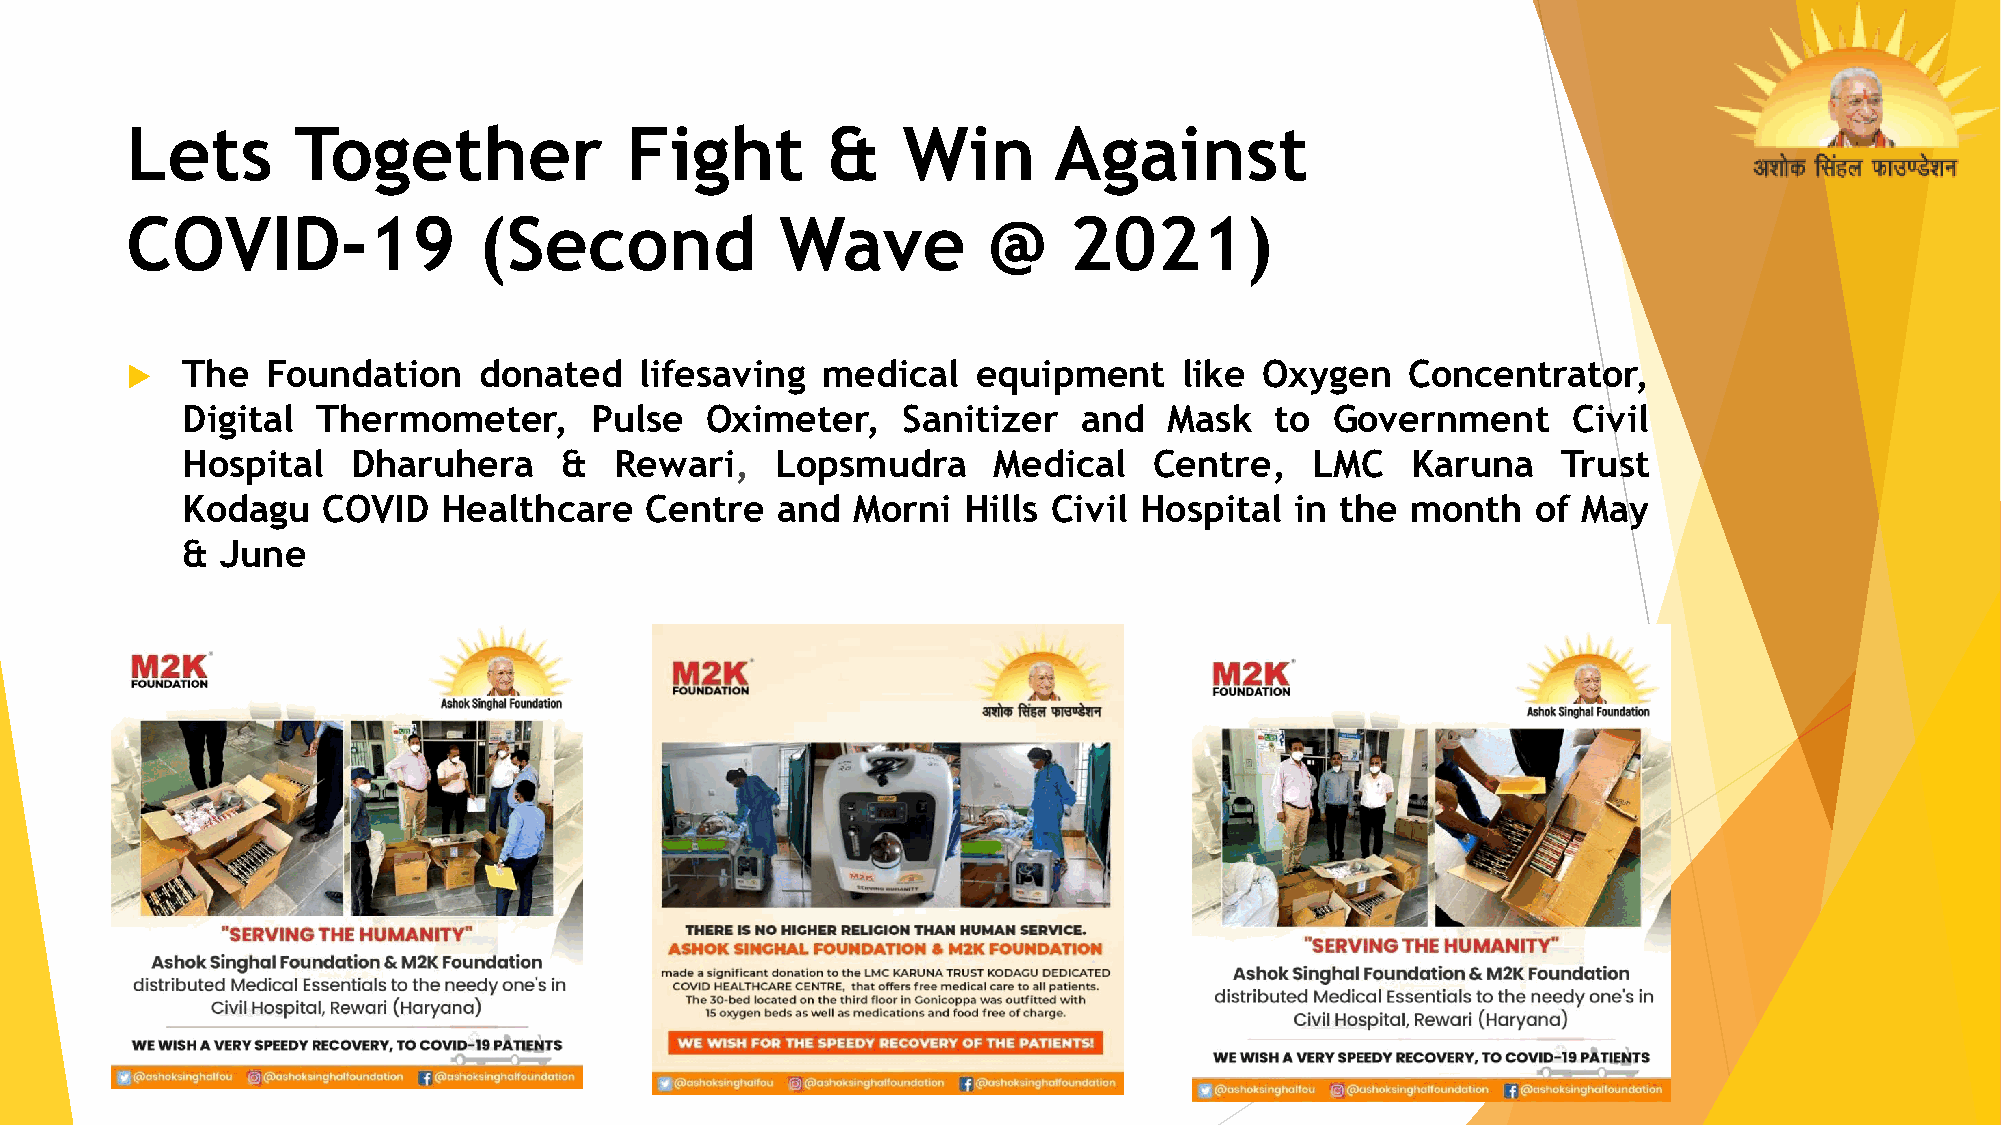
Lets       Together              Fight         &    Win       Against
 COVID-19                (Second             Wave         @     2021)
    The   Foundation    donated   lifesaving  medical    equipment    like  Oxygen   Concentrator,
 Digital  Thermometer,      Pulse   Oximeter,    Sanitizer   and  Mask   to  Government      Civil
 Hospital   Dharuhera     &   Rewari,   Lopsmudra      Medical   Centre,    LMC   Karuna    Trust
 Kodagu   COVID   Healthcare    Centre  and  Morni   Hills Civil Hospital  in the month    of May
 &  June